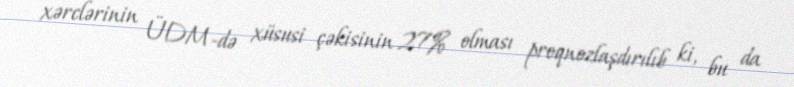
xərclərinin ÜDM-də xüsusi çəkisinin 27% olması proqnozlaşdırılıb ki, bu da